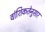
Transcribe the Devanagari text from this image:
वांशिकतेनुसार